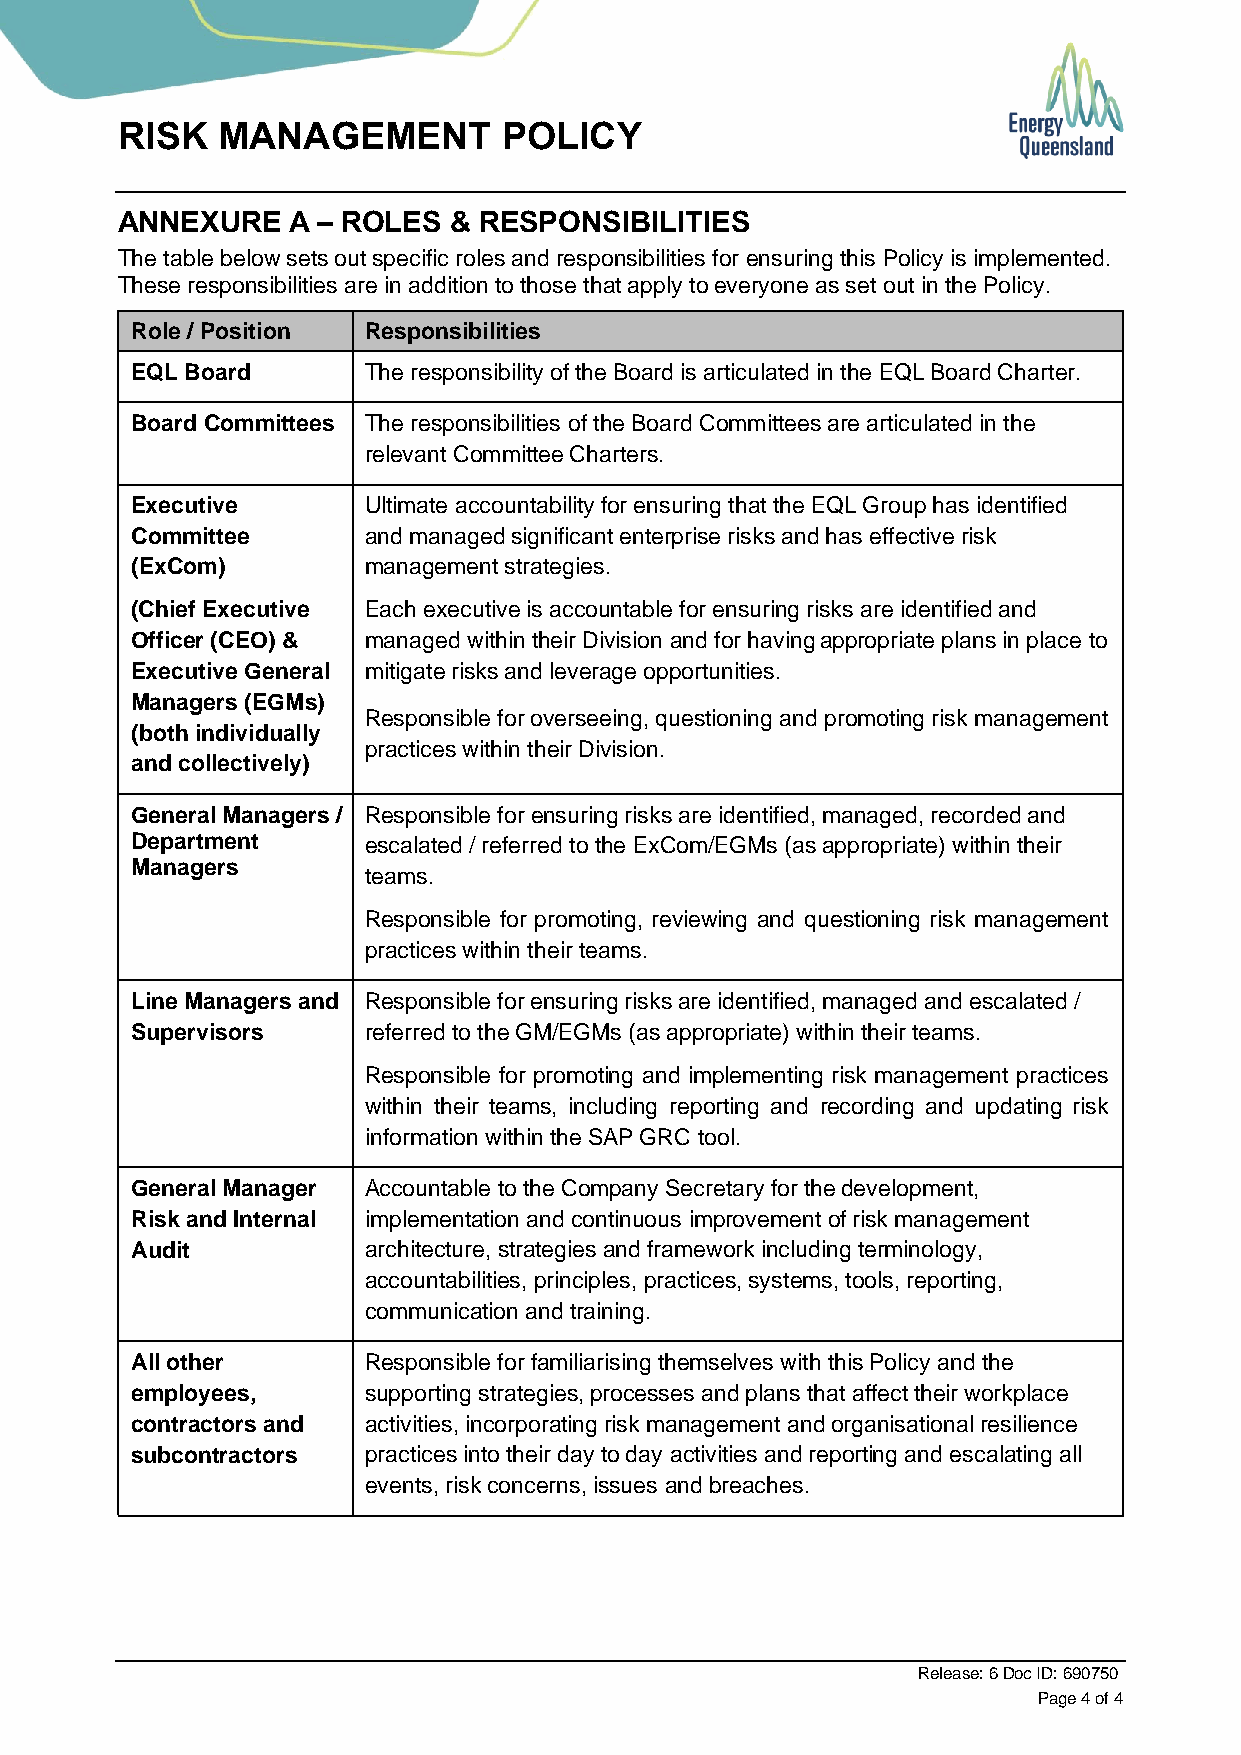
RISK  MANAGEMENT         POLICY
 ANNEXURE   A – ROLES  & RESPONSIBILITIES
 The table below sets out specific roles and responsibilities for ensuring this Policy is implemented.
 These responsibilities are in addition to those that apply to everyone as set out in the Policy.
 Role / Position Responsibilities
 EQL Board      The responsibility of the Board is articulated in the EQL Board Charter.
 Board Committees The responsibilities of the Board Committees are articulated in the
 relevant Committee Charters.
 Executive      Ultimate accountability for ensuring that the EQL Group has identified
 Committee      and managed significant enterprise risks and has effective risk
 (ExCom)        management strategies.
 (Chief Executive Each executive is accountable for ensuring risks are identified and
 Officer (CEO) & managed within their Division and for having appropriate plans in place to
 Executive General mitigate risks and leverage opportunities.
 Managers (EGMs)
 Responsible for overseeing, questioning and promoting risk management
 (both individually
 practices within their Division.
 and collectively)
 General Managers / Responsible for ensuring risks are identified, managed, recorded and
 Department     escalated / referred to the ExCom/EGMs (as appropriate) within their
 Managers
 teams.
 Responsible for promoting, reviewing and questioning risk management
 practices within their teams.
 Line Managers and Responsible for ensuring risks are identified, managed and escalated /
 Supervisors    referred to the GM/EGMs (as appropriate) within their teams.
 Responsible for promoting and implementing risk management practices
 within their teams, including reporting and recording and updating risk
 information within the SAP GRC tool.
 General Manager Accountable to the Company Secretary for the development,
 Risk and Internal implementation and continuous improvement of risk management
 Audit          architecture, strategies and framework including terminology,
 accountabilities, principles, practices, systems, tools, reporting,
 communication and training.
 All other      Responsible for familiarising themselves with this Policy and the
 employees,     supporting strategies, processes and plans that affect their workplace
 contractors and activities, incorporating risk management and organisational resilience
 subcontractors practices into their day to day activities and reporting and escalating all
 events, risk concerns, issues and breaches.
 Release: 6 Doc ID: 690750
 Page 4 of 4